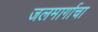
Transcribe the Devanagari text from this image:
जलमार्गाचा